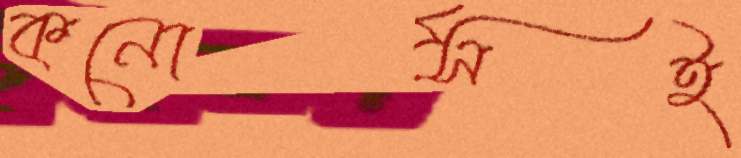
কনোর্সই